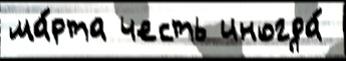
ма́рта честь иногда́